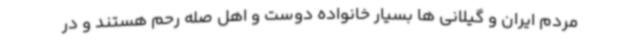
مردم ایران و گیلانی ها بسیار خانواده دوست و اهل صله رحم هستند و در